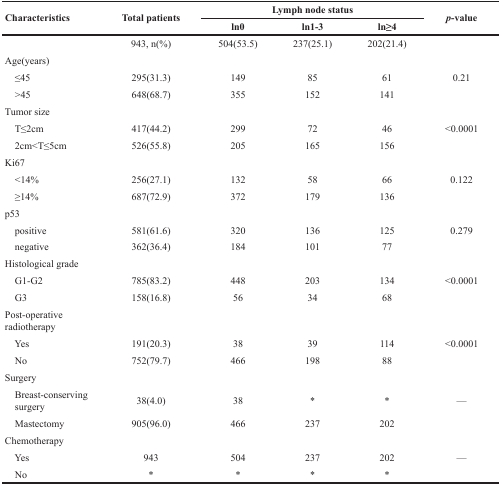
<table><thead><tr><td rowspan="2"><b>Characteristics</b></td><td rowspan="2"><b>Total patients</b></td><td colspan="3"><b>Lymph node status</b></td><td rowspan="2"><b><i>p</i>-value</b></td></tr><tr><td><b>ln0</b></td><td><b>ln1-3</b></td><td><b>ln≥4</b></td></tr></thead><tbody><tr><td></td><td>943, n(%)</td><td>504(53.5)</td><td>237(25.1)</td><td>202(21.4)</td><td></td></tr><tr><td>Age(years)</td><td></td><td></td><td></td><td></td><td></td></tr><tr><td> ≤45</td><td>295(31.3)</td><td>149</td><td>85</td><td>61</td><td>0.21</td></tr><tr><td> &gt;45</td><td>648(68.7)</td><td>355</td><td>152</td><td>141</td><td></td></tr><tr><td>Tumor size</td><td></td><td></td><td></td><td></td><td></td></tr><tr><td> T≤2cm</td><td>417(44.2)</td><td>299</td><td>72</td><td>46</td><td>&lt;0.0001</td></tr><tr><td> 2cm&lt;T≤5cm</td><td>526(55.8)</td><td>205</td><td>165</td><td>156</td><td></td></tr><tr><td>Ki67</td><td></td><td></td><td></td><td></td><td></td></tr><tr><td> &lt;14%</td><td>256(27.1)</td><td>132</td><td>58</td><td>66</td><td>0.122</td></tr><tr><td> ≥14%</td><td>687(72.9)</td><td>372</td><td>179</td><td>136</td><td></td></tr><tr><td>p53</td><td></td><td></td><td></td><td></td><td></td></tr><tr><td> positive</td><td>581(61.6)</td><td>320</td><td>136</td><td>125</td><td>0.279</td></tr><tr><td> negative</td><td>362(36.4)</td><td>184</td><td>101</td><td>77</td><td></td></tr><tr><td>Histological grade</td><td></td><td></td><td></td><td></td><td></td></tr><tr><td> G1-G2</td><td>785(83.2)</td><td>448</td><td>203</td><td>134</td><td>&lt;0.0001</td></tr><tr><td> G3</td><td>158(16.8)</td><td>56</td><td>34</td><td>68</td><td></td></tr><tr><td>Post-operative radiotherapy</td><td></td><td></td><td></td><td></td><td></td></tr><tr><td> Yes</td><td>191(20.3)</td><td>38</td><td>39</td><td>114</td><td>&lt;0.0001</td></tr><tr><td> No</td><td>752(79.7)</td><td>466</td><td>198</td><td>88</td><td></td></tr><tr><td>Surgery</td><td></td><td></td><td></td><td></td><td></td></tr><tr><td> Breast-conserving surgery</td><td>38(4.0)</td><td>38</td><td>*</td><td>*</td><td>—</td></tr><tr><td> Mastectomy</td><td>905(96.0)</td><td>466</td><td>237</td><td>202</td><td></td></tr><tr><td>Chemotherapy</td><td></td><td></td><td></td><td></td><td></td></tr><tr><td> Yes</td><td>943</td><td>504</td><td>237</td><td>202</td><td>—</td></tr><tr><td> No</td><td>*</td><td>*</td><td>*</td><td>*</td><td></td></tr></tbody></table>